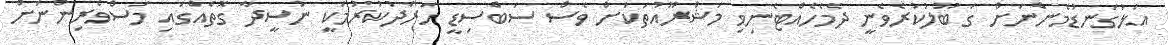
އަޅުގަނޑުމެންނަށް ގަބޫލުކުރެވެނީ ދެމެހެއްޓެނިވި މަޝްރޫއުތަކަށް ވެސް ސަބްސިޑީ ހަރަދުކުރުމަކީ ނުސީދާ ގޮތެއްގައި މަސްވެރިންނަށް